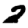
Digit: 2